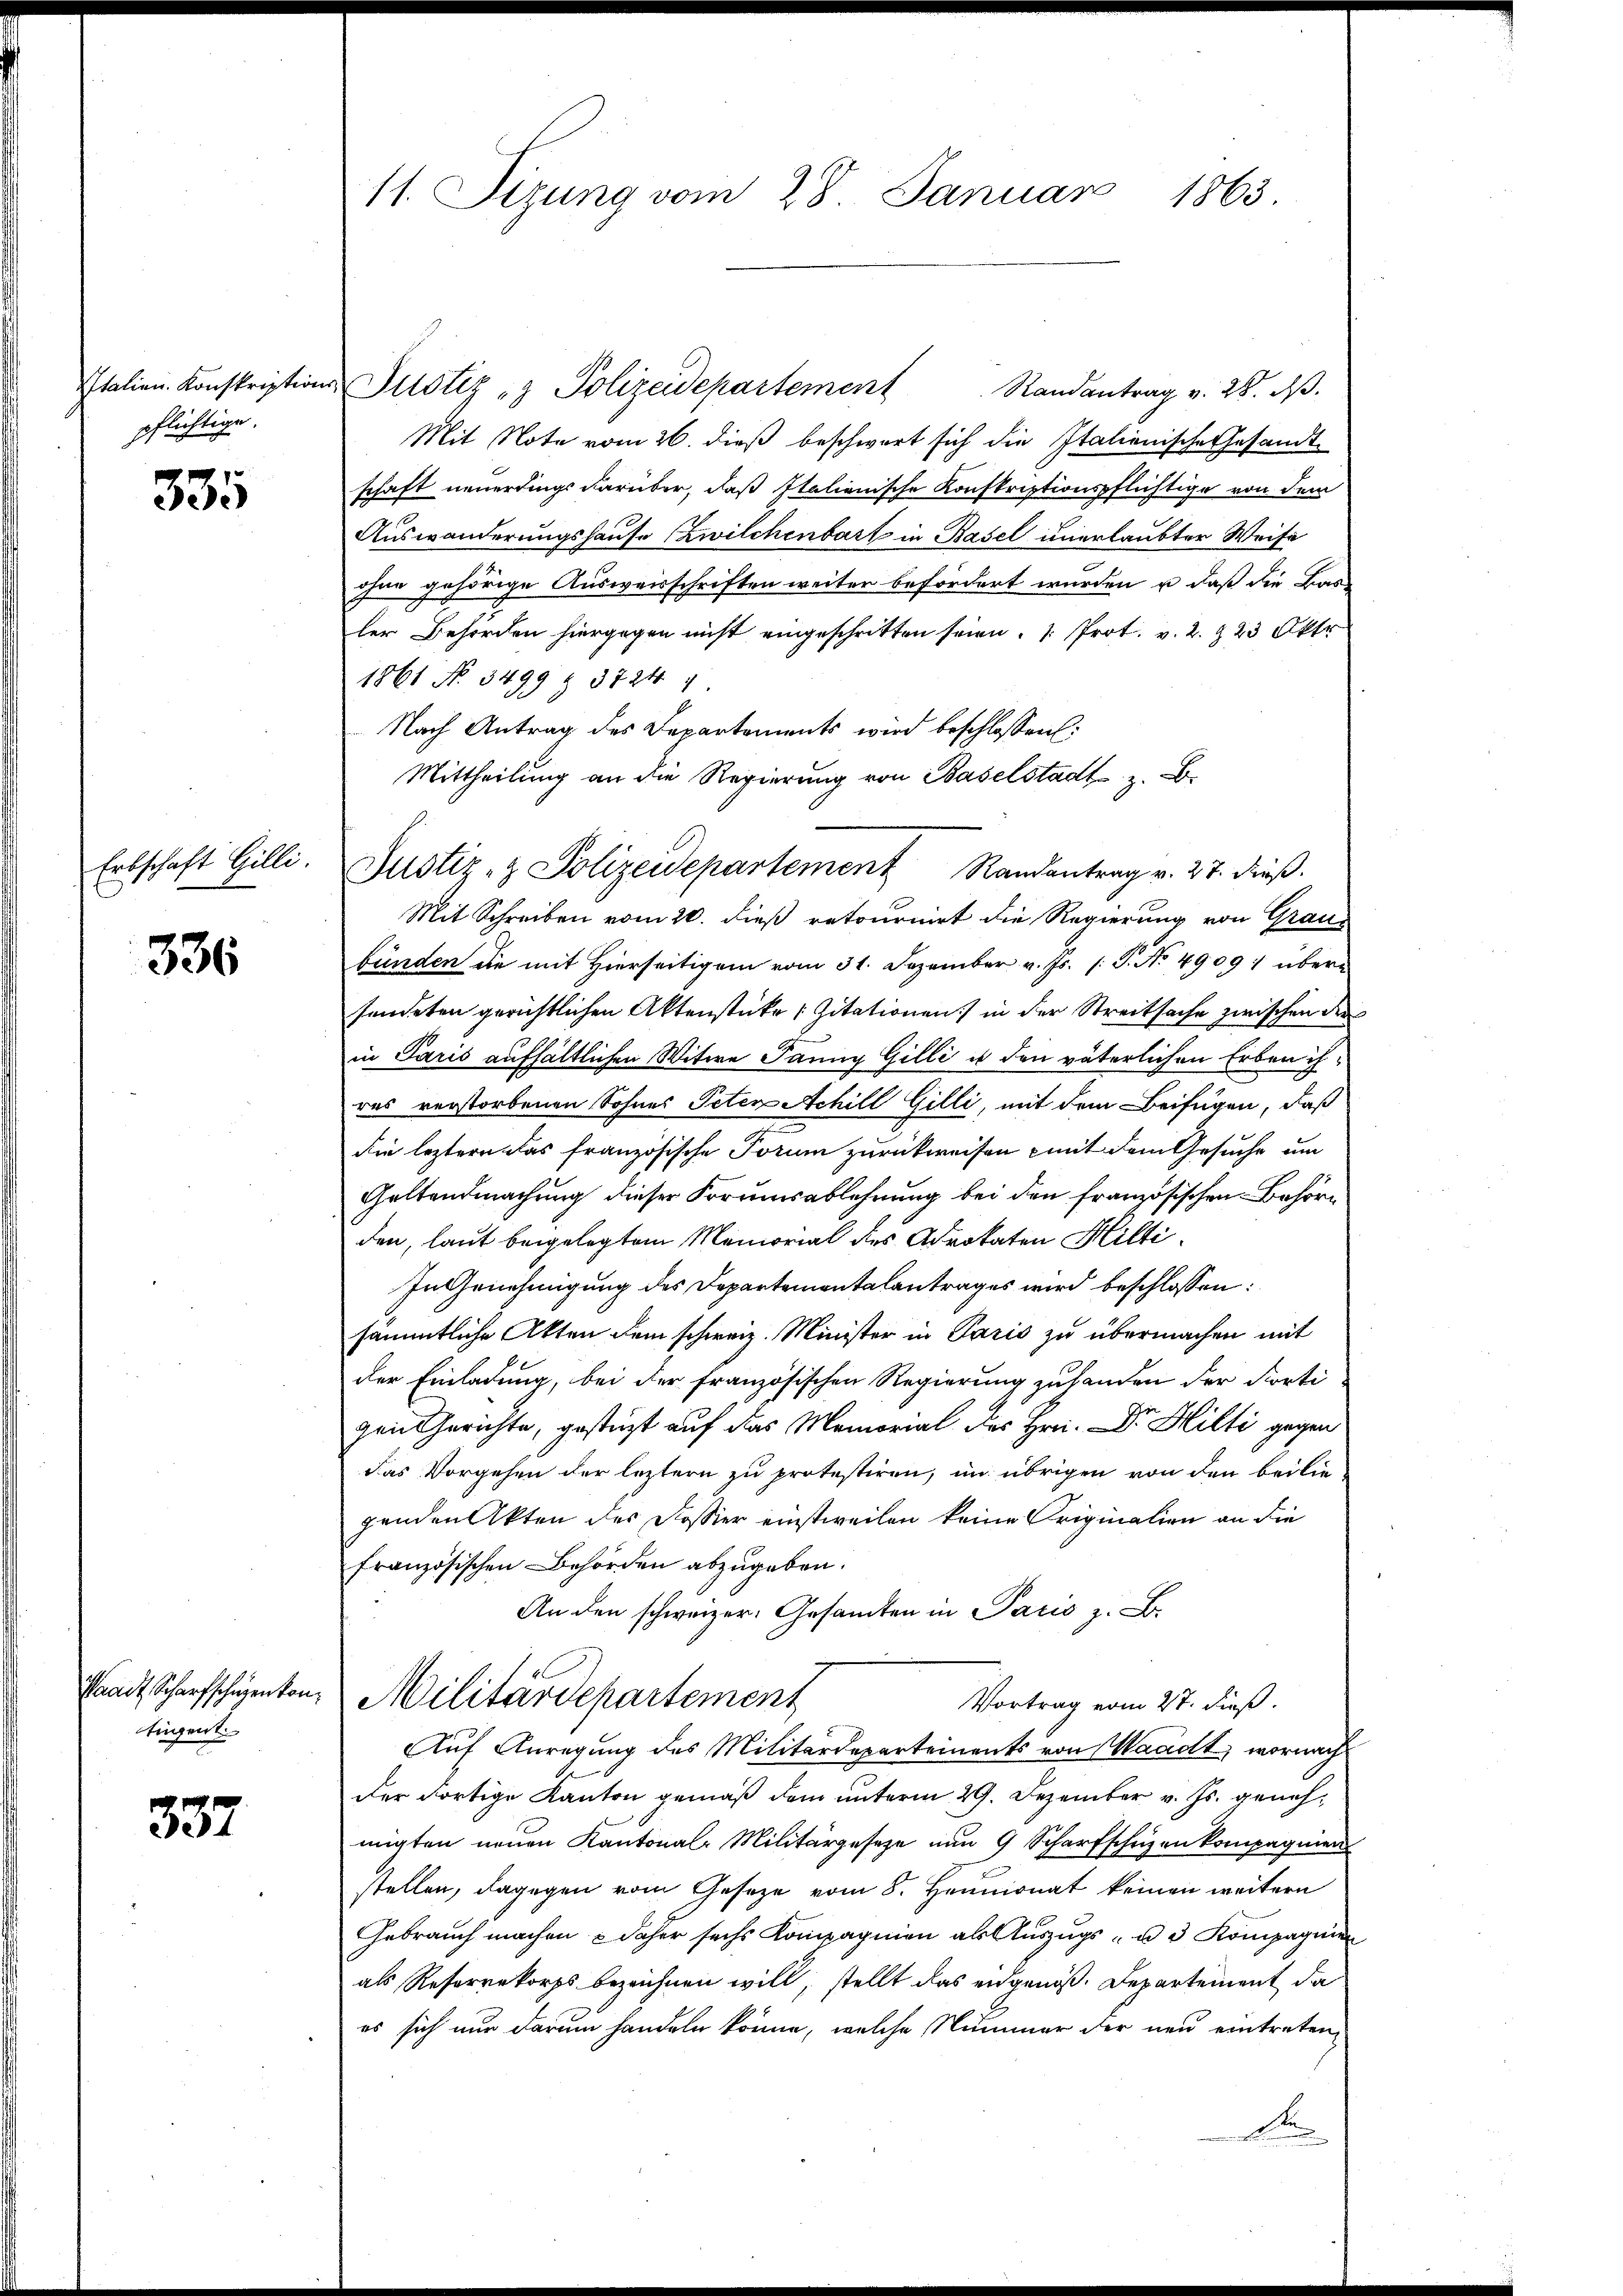
pflichtige.

335

Erbschaft Gilli.

336

Eigent

337

Italien. Konskription Justiz & Polizeidepartement
Randantrag v. 28. ds.
Mit Note vom 26. dieß beschwert sich die Italienische Gesandt-
schaft neuerdings darüber, daß Italienische Konskriptionspflichtige von dem
Auswanderungshause (Zwilchenbart in Basel unerlaubter Weise
ohne gehörige Ausweisschriften weiter befördert wurden, u. daß die Bau-
ler Behörden hiergegen nicht eingeschritten seien. Prot. v. 2. § 23 Okto
1861 No. 3499 § 3724
Nach Antrag des Departements wird beschlossen:
Mittheilung an die Regierung von Baselstadt z. B.
Mit Schreiben vom 20. dieß retournirt die Regierung von Graus
bünden die mit Hierseitigem vom 31. Dezember v. Js. s. S. No 49091 übersendeten gerichtlichen Aktenstücke (Zitationen) in der Streitsache zwischen der
in Paris aufhältlichen Witwe Janny Gilli u den väterlichen Erben ihres verstorbenen Sohnes Peten Achill Gilli, mit dem Beifügen, daß
die leztern das französische Forum zurückweisen mit dem Gesuche um
Geltendmachung dieser Forumsablehnung bei den französischen Behörden, laut beigelegtem Memorial des Advokaten Hilti¬
In Genehmigung des Departemontalantrages wird beschlossen:
sämmtliche Akten dem schweiz. Minister in Paris zu übermachen mit
der Einladung, bei der französischen Regierung zu handen der Fortigen Gerichte, gestüzt auf das Memorial des Hrn. Dr. Hilti gegen
das Vorgehen der leztern zu protestiren, im übrigen von den beilie-
genden Akten der Dessier einstweilen keine Originalien an die
französischen Behörden abzugeben.
An den schweizer. Gesamten in Paris z. B.
Waadt Scharfschigenton, Militärdepartement
Vortrag vom 27. dieß.
Auf Anregung des Militärdepartements von Waadt, wornach
der Fortige Kanton gemäß dem unterm 29. Dezember v. Js. genehmigten neuen Kantonale Militärgesetze nun 9 Scharfschuzen kompagnien
stellen, dagegen vom Geseze vom 8. Heumonat keinen weitern
Gebrauch machen & daher sechs Kompagnien als Auszugs- u. 3 Kompagnien
als Reserrekorps bezeichnen will, stellt das eidgenöß. Departement da
es sich nur darum handeln könne, welche Nummer der neu eintreten,
B

11. Sizung vom 28. Januar 1863.

Justiz- & Polizeidepartement Randantrag v. 27. dieβ.